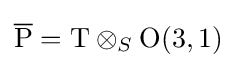
{\overline {\mathrm {P} }}=\mathrm {T} \otimes _{S}\mathrm {O} (3,1)